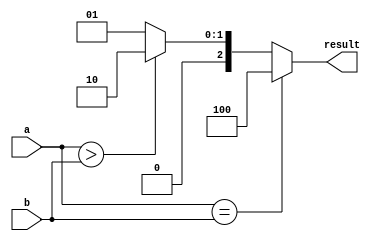
module signed_comparator (
    input signed [31:0] a,
    input signed [31:0] b,
    output reg [2:0] result
);

always @(*) begin
    if (a == b) begin
        result = 3'b100; // Equal
    end else if (a > b) begin
        result = 3'b010; // Greater than
    end else begin
        result = 3'b001; // Less than
    end
end

endmodule